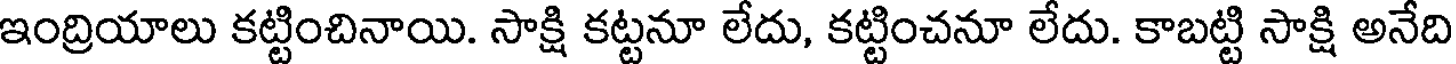
ఇంద్రియాలు కట్టించినాయి. సాక్షి కట్టనూ లేదు, కట్టించనూ లేదు. కాబట్టి సాక్షి అనేది